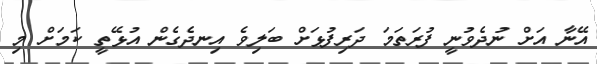
އޭނާ އަށް ނުދެވުނީ ފުރަތަމަ ދަރިފުޅަށް ބަލިވެ އިނދެގެން އުޅޭތީ ކަމަށް މި